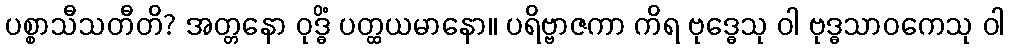
ပစ္စာသီသတီတိ? အတ္တနော ဝုဒ္ဓိံ ပတ္ထယမာနော။ ပရိဗ္ဗာဇကာ ကိရ ဗုဒ္ဓေသု ဝါ ဗုဒ္ဓသာဝကေသု ဝါ